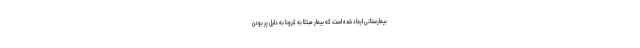
بیمارستانی ایجاد شده است، که بیمار مبتلا به کرونا به دلیل پر بودن